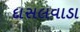
દાસલવાડા